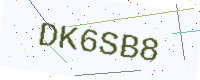
Text: DK6SB8